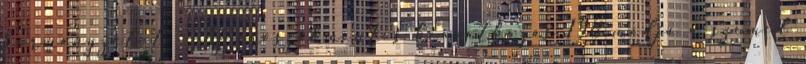
kormányzatot - Az erőszakmentes beavatkozás 198 módja a szemed